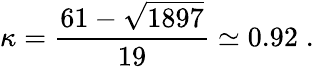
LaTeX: \kappa=\frac{61-\sqrt{1897}}{19}\simeq 0.92\; .